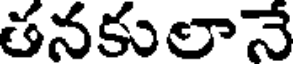
తనకులానే